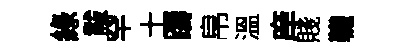
綠黻罕土躊帛溫庠賤韈